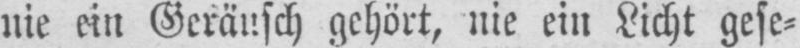
nie ein Geräusch gehört, nie ein Licht gese⸗